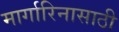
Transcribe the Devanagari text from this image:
मार्गारिनासाठी